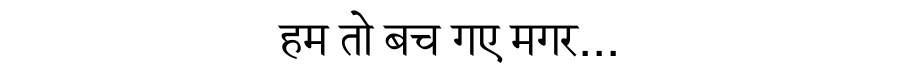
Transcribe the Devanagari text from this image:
हम तो बच गए मगर...